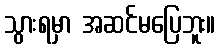
သွားရမှာ အဆင်မပြေဘူး။